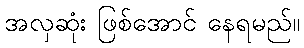
အလှဆုံး ဖြစ်အောင် နေရမည်။